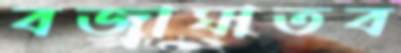
বজ্র্রাঘাতব